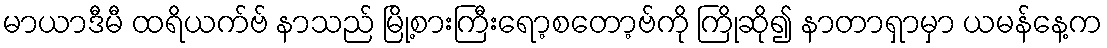
မာယာဒီမီ ထရိယက်ဗ် နာသည် မြို့စားကြီးရော့စတော့ဗ်ကို ကြိုဆို၍ နာတာရှာမှာ ယမန်နေ့က